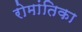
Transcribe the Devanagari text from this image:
रोमांतिका